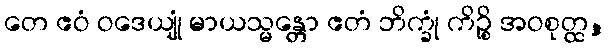
တေ ဧဝံ ဝဒေယျုံ မာယသ္မန္တော ဧတံ ဘိက္ခုံ ကိဉ္စိ အဝစုတ္ထ,